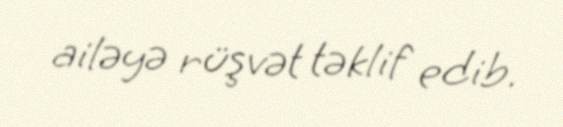
ailəyə rüşvət təklif edib.